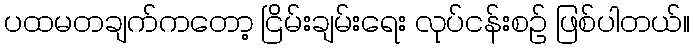
ပထမတချက်ကတော့ ငြိမ်းချမ်းရေး လုပ်ငန်းစဉ် ဖြစ်ပါတယ်။